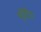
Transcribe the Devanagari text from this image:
मूत्रेंद्रिय